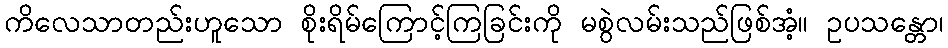
ကိလေသာတည်းဟူသော စိုးရိမ်ကြောင့်ကြခြင်းကို မစွဲလမ်းသည်ဖြစ်အံ့။ ဥပသန္တော၊